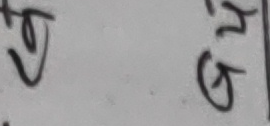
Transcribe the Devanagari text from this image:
खु गु २